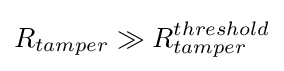
R_{tamper}\gg R_{tamper}^{threshold}